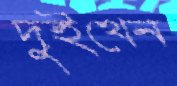
দুইখেন